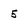
Character: 5